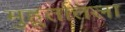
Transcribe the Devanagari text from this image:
मुहूर्तातला